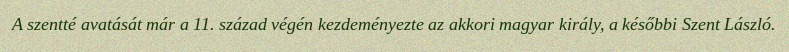
A szentté avatását már a 11. század végén kezdeményezte az akkori magyar király, a későbbi Szent László.